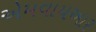
એમવાયઆર